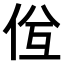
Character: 𠈝